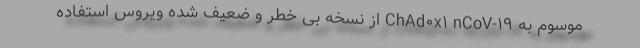
موسوم به ChAd۰x۱ nCoV-۱۹ از نسخه بی خطر و ضعیف شده ویروس استفاده